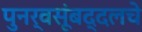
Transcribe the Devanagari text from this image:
पुनर्वसूंबद्दलचे